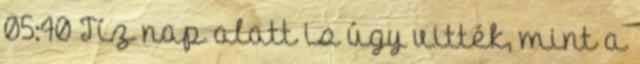
05:40 Tíz nap alatt is úgy vitték, mint a